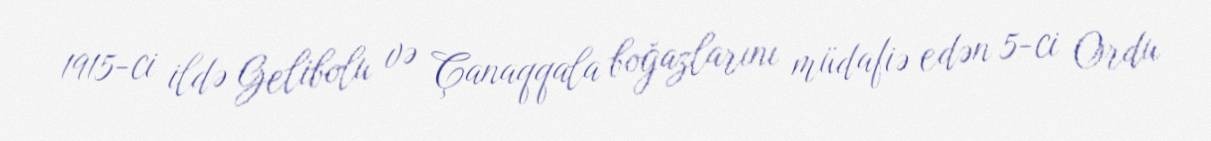
1915-ci ildə Gelibolu və Çanaqqala boğazlarını müdafiə edən 5-ci Ordu